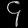
Digit: ၄